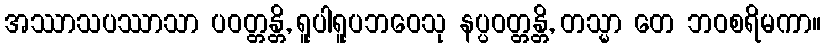
အဿာသပဿာသာ ပဝတ္တန္တိ, ရူပါရူပဘဝေသု နပ္ပဝတ္တန္တိ, တသ္မာ တေ ဘဝစရိမကာ။